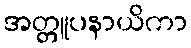
အတ္တူပနာယိကာ